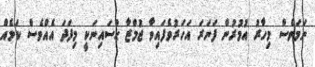
ނަމަވެސް މިހާރު އުމުރުން ފަނަރަ އަހަރުވެފައިވާ ޖުމްޒާ ޙުސައިނަކީ މިފަދަ އެއްވެސް ކަމެއް